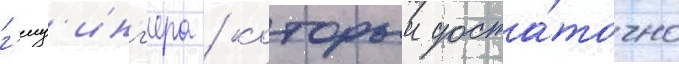
г'еиз'инг'ера / которыи доста́точно